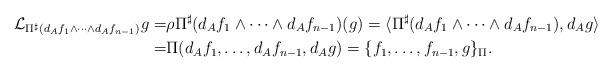
LaTeX: \begin{align*} \mathcal{L}_{\Pi^{\sharp}(d_A f_1 \wedge \cdots \wedge d_A f_{n-1})} g =& \rho \Pi^{\sharp}(d_A f_1 \wedge \cdots \wedge d_A f_{n-1}) (g) = \langle \Pi^{\sharp}(d_A f_1 \wedge \cdots \wedge d_A f_{n-1}), d_A g \rangle\\=& \Pi (d_A f_1, \ldots , d_A f_{n-1}, d_A g) = \{f_1, \ldots, f_{n-1}, g \}_{\Pi}.\end{align*}